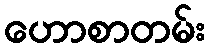
ဟောစာတမ်း